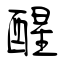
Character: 醒